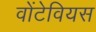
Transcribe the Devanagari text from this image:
वोंटेवियस